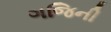
ગજિની